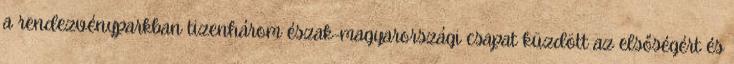
a rendezvényparkban tizenhárom észak-magyarországi csapat küzdött az elsőségért és